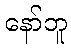
နော်ဘူ